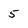
Character: 5